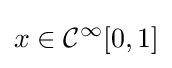
x\in {\mathcal {C}}^{\infty }[0,1]